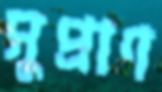
সুপ্রাণ